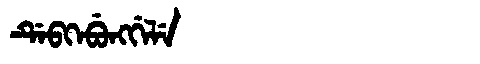
Manchu: ᡩᡝᠪᡴᡝᠪᡠᠩᡤᡝᠯᡝ
Romanization: DEBKEBUNGGELE